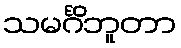
သမင်္ဂိဘူတာ